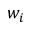
w _ { i }